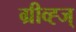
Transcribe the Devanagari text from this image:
ग्रीव्ह्ज्